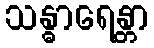
သန္ဓာရေန္တာ